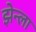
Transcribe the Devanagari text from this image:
झेन्ला